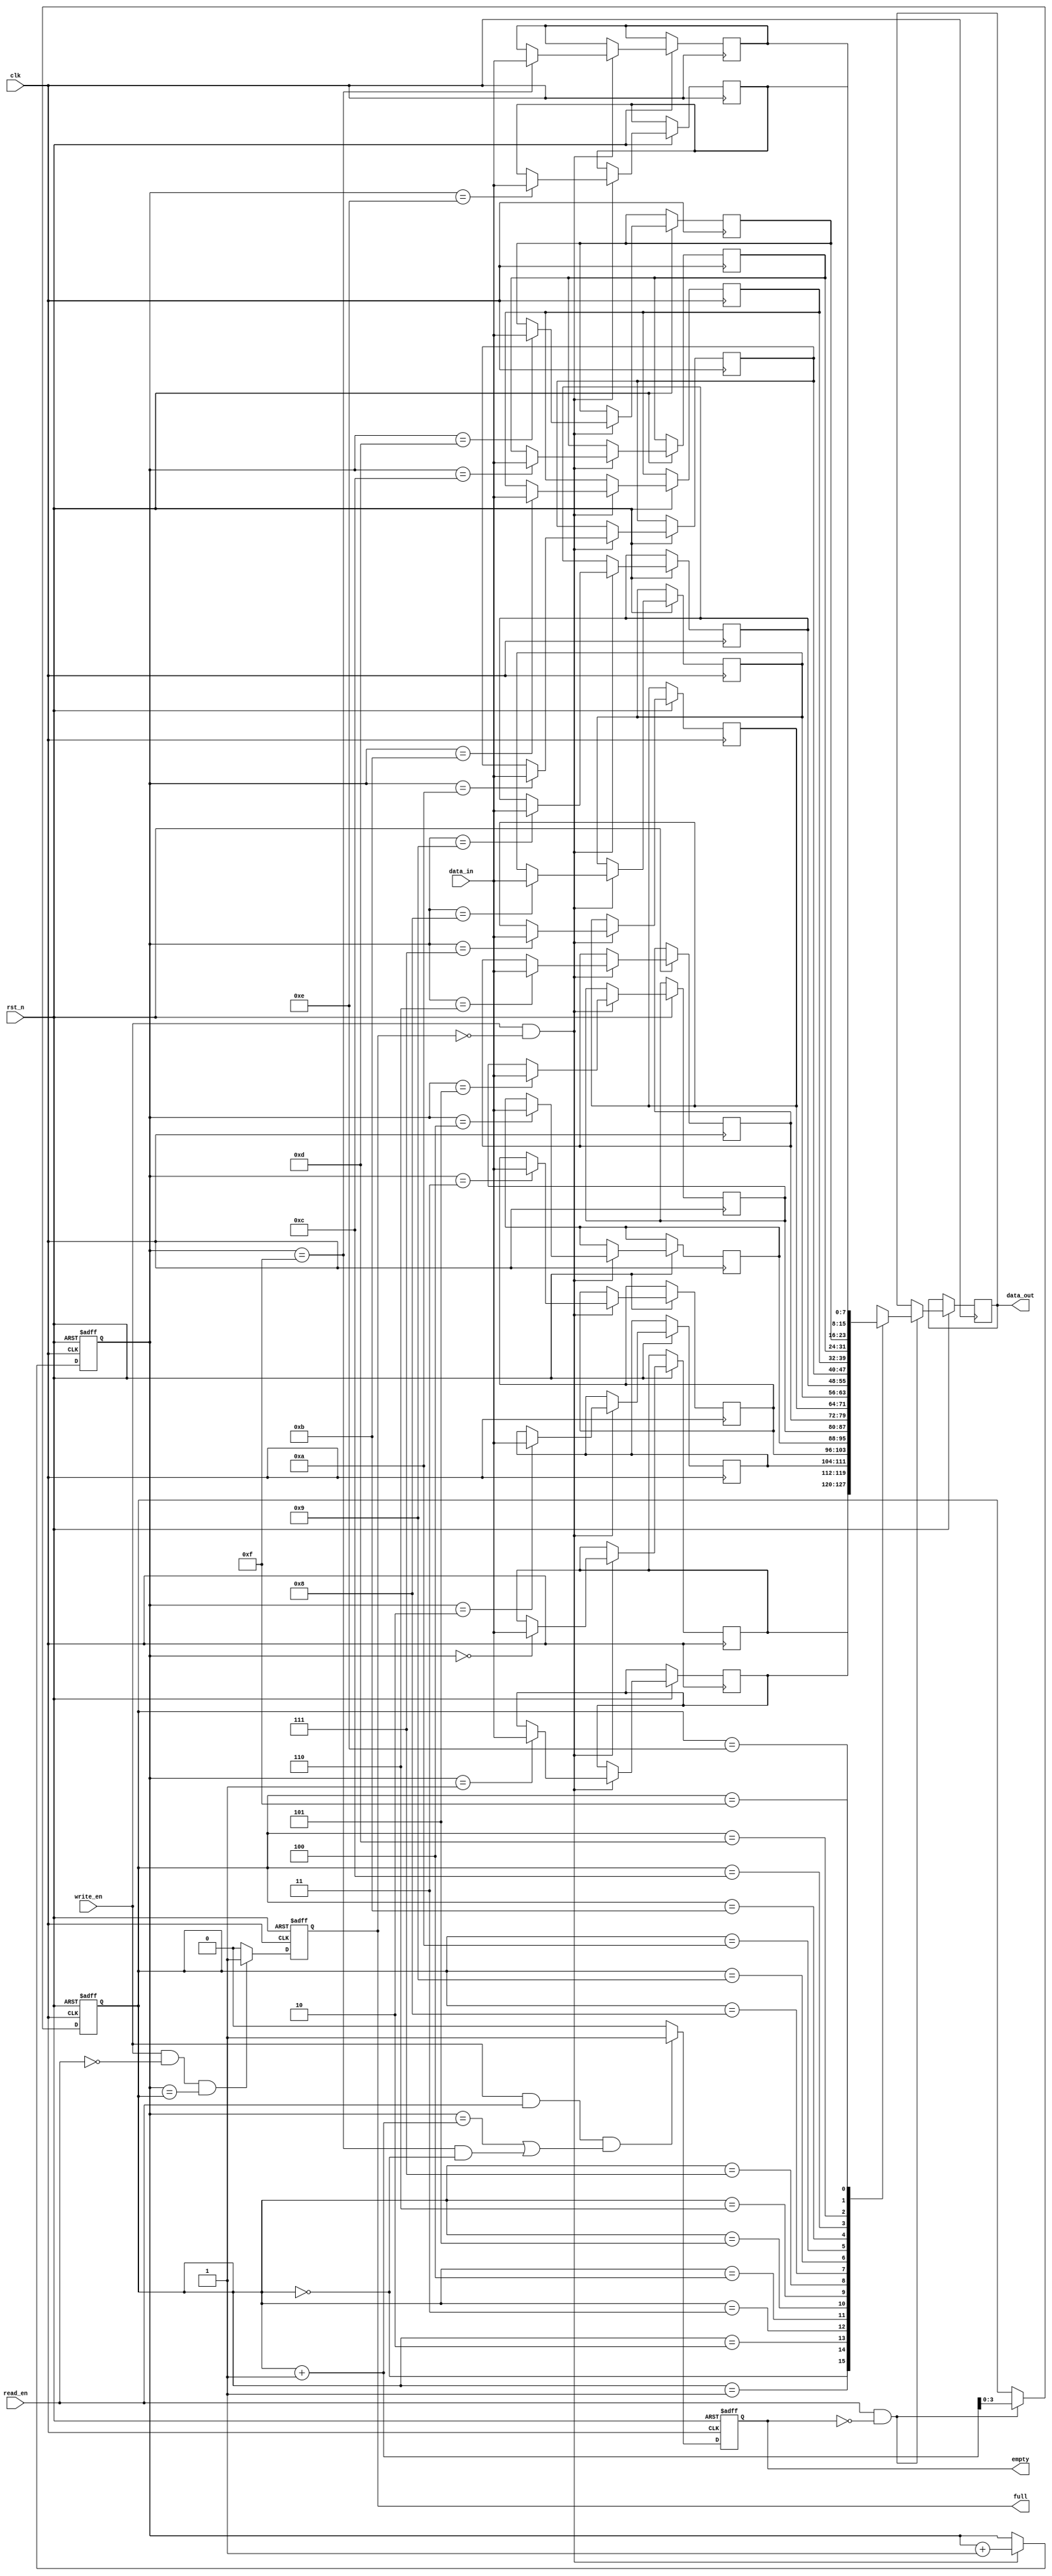
module synchronous_fifo (
    input wire clk,
    input wire rst_n,
    input wire write_en,
    input wire read_en,
    input wire [7:0] data_in,
    output reg [7:0] data_out,
    output reg full,
    output reg empty
);

// Parameters
parameter DEPTH = 16;

// Regs
reg [7:0] memory [DEPTH-1:0];
reg [3:0] write_ptr;
reg [3:0] read_ptr;

// Logic
always @(posedge clk or negedge rst_n) begin
    if (~rst_n) begin
        write_ptr <= 4'd0;
        read_ptr <= 4'd0;
        full <= 1'b0;
        empty <= 1'b1;
    end else begin
        if (write_en && ~full) begin
            memory[write_ptr] <= data_in;
            write_ptr <= write_ptr + 1;
        end

        if (read_en && ~empty) begin
            data_out <= memory[read_ptr];
            read_ptr <= read_ptr + 1;
        end

        if (write_en && read_en && (write_ptr == read_ptr+1 || (write_ptr == 4'b1111 && read_ptr == 4'b0000))) begin
            empty <= 1'b1;
        end else begin
            empty <= 1'b0;
        end

        if (write_en && ~read_en && (write_ptr == read_ptr)) begin
            full <= 1'b1;
        end else begin
            full <= 1'b0;
        end
    end
end
endmodule